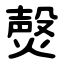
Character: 㷫